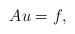
LaTeX: \begin{align*} Au = f,\end{align*}